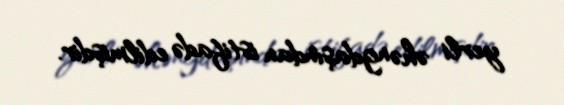
yerli əhəngdaşından istifadə edilmişdir.